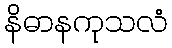
နိဓာနကုသလံ